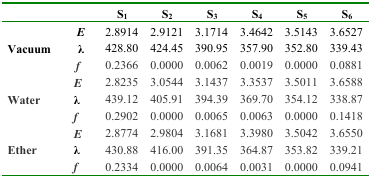
<table><thead><tr><td></td><td></td><td><b>S<sub>1</sub></b></td><td><b>S<sub>2</sub></b></td><td><b>S<sub>3</sub></b></td><td><b>S<sub>4</sub></b></td><td><b>S<sub>5</sub></b></td><td><b>S<sub>6</sub></b></td></tr></thead><tbody><tr><td></td><td><b><i>E</i></b></td><td>2.8914</td><td>2.9121</td><td>3.1714</td><td>3.4642</td><td>3.5143</td><td>3.6527</td></tr><tr><td rowspan="3"><b>Vacuum</b></td><td><b>λ</b></td><td>428.80</td><td>424.45</td><td>390.95</td><td>357.90</td><td>352.80</td><td>339.43</td></tr><tr><td><b><i>f</i></b></td><td>0.2366</td><td>0.0000</td><td>0.0062</td><td>0.0019</td><td>0.0000</td><td>0.0881</td></tr><tr><td><b><i>E</i></b></td><td>2.8235</td><td>3.0544</td><td>3.1437</td><td>3.3537</td><td>3.5011</td><td>3.6588</td></tr><tr><td rowspan="3"><b>Water</b></td><td><b>λ</b></td><td>439.12</td><td>405.91</td><td>394.39</td><td>369.70</td><td>354.12</td><td>338.87</td></tr><tr><td><b><i>f</i></b></td><td>0.2902</td><td>0.0000</td><td>0.0065</td><td>0.0063</td><td>0.0000</td><td>0.1418</td></tr><tr><td><b><i>E</i></b></td><td>2.8774</td><td>2.9804</td><td>3.1681</td><td>3.3980</td><td>3.5042</td><td>3.6550</td></tr><tr><td rowspan="2"><b>Ether</b></td><td><b>λ</b></td><td>430.88</td><td>416.00</td><td>391.35</td><td>364.87</td><td>353.82</td><td>339.21</td></tr><tr><td><b><i>f</i></b></td><td>0.2334</td><td>0.0000</td><td>0.0064</td><td>0.0031</td><td>0.0000</td><td>0.0941</td></tr></tbody></table>